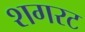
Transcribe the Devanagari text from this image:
शगरट